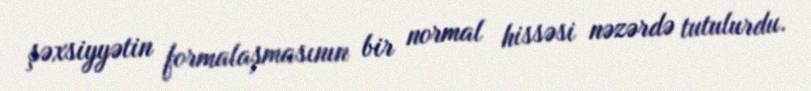
şəxsiyyətin formalaşmasının bir normal hissəsi nəzərdə tutulurdu.